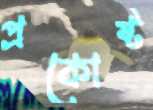
প্রকোষ্ট